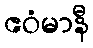
ဧဝံမာနီ